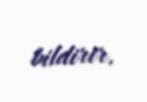
bildirir.